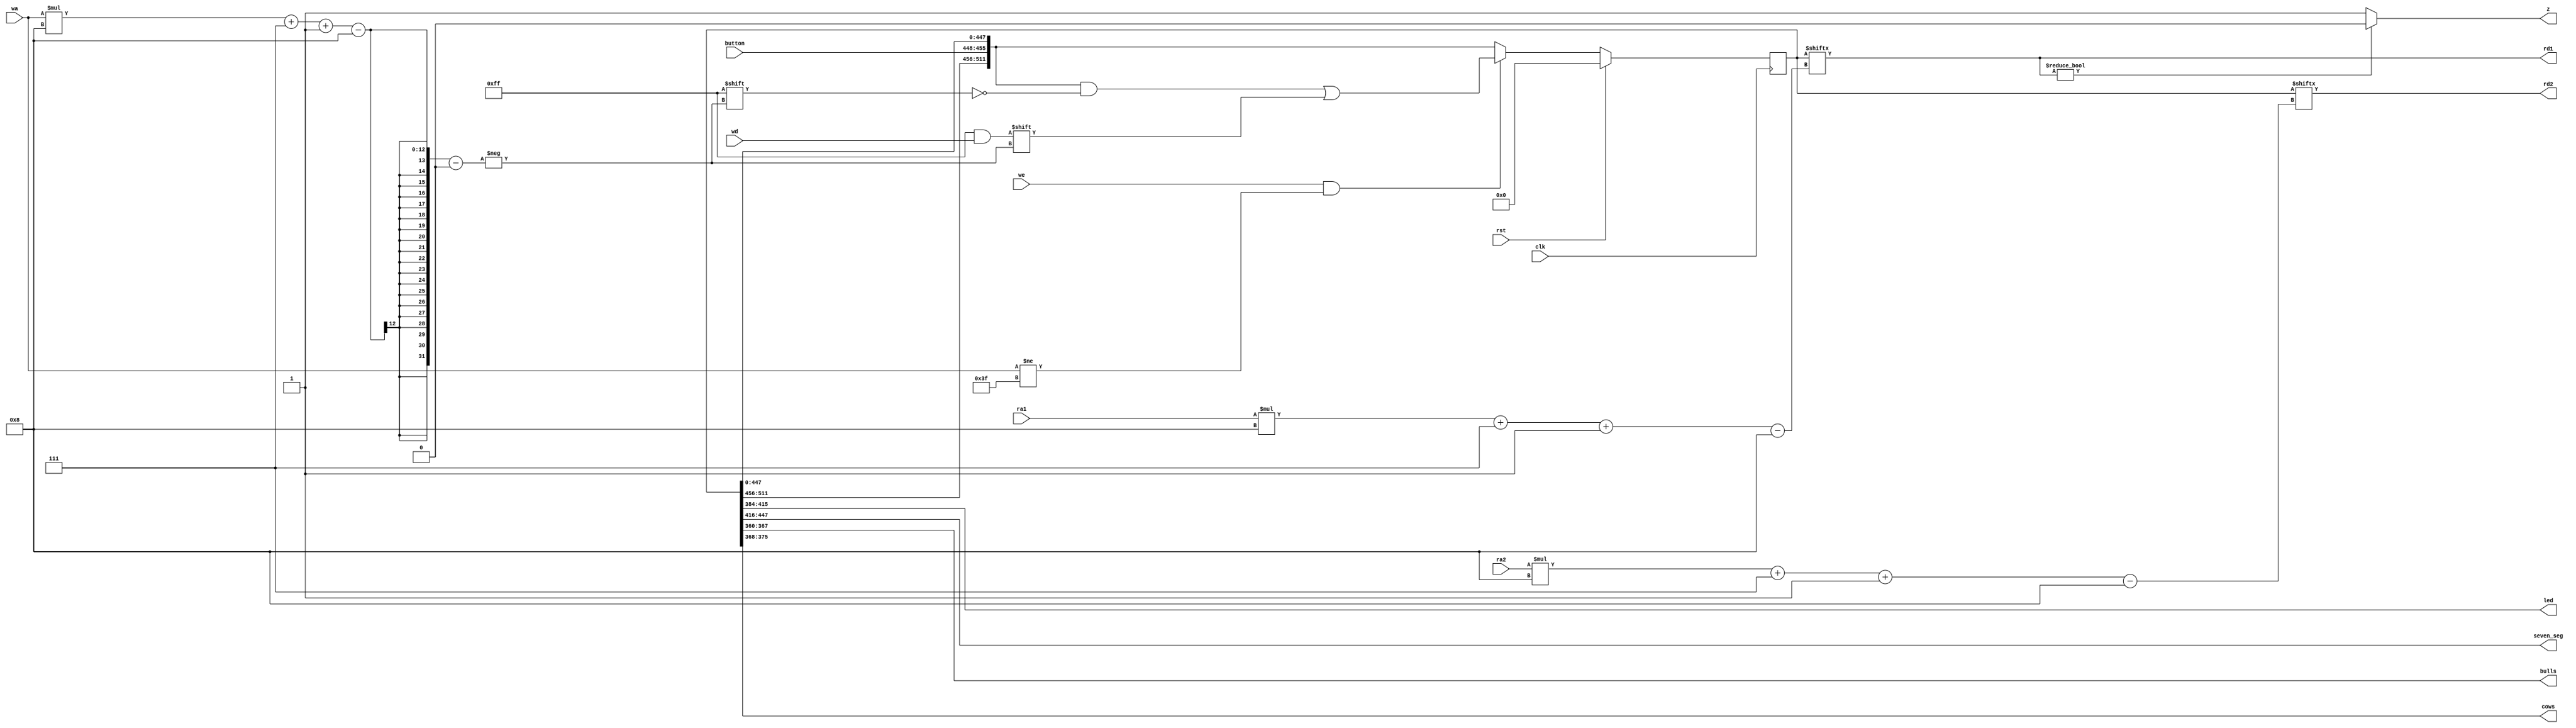
/*
   This file was generated automatically by the Mojo IDE version B1.3.6.
   Do not edit this file directly. Instead edit the original Lucid source.
   This is a temporary file and any changes made to it will be destroyed.
*/

module regfile_10 (
    input clk,
    input rst,
    input [7:0] button,
    input [5:0] ra1,
    input [5:0] ra2,
    output reg [31:0] led,
    output reg [31:0] seven_seg,
    output reg [7:0] bulls,
    output reg [7:0] cows,
    input [5:0] wa,
    output reg [7:0] rd1,
    output reg [7:0] rd2,
    input [7:0] wd,
    input we,
    output reg z
  );
  
  
  
  reg [511:0] M_regs_d, M_regs_q = 1'h0;
  
  always @* begin
    M_regs_d = M_regs_q;
    
    rd1 = M_regs_q[(ra1)*8+7-:8];
    rd2 = M_regs_q[(ra2)*8+7-:8];
    z = 1'h1;
    M_regs_d[448+7-:8] = button;
    led[0+7-:8] = M_regs_q[384+7-:8];
    led[8+7-:8] = M_regs_q[392+7-:8];
    led[16+7-:8] = M_regs_q[400+7-:8];
    led[24+7-:8] = M_regs_q[408+7-:8];
    seven_seg[0+7-:8] = M_regs_q[416+7-:8];
    seven_seg[8+7-:8] = M_regs_q[424+7-:8];
    seven_seg[16+7-:8] = M_regs_q[432+7-:8];
    seven_seg[24+7-:8] = M_regs_q[440+7-:8];
    bulls = M_regs_q[360+7-:8];
    cows = M_regs_q[368+7-:8];
    if (we == 1'h1 && wa != 6'h3f) begin
      M_regs_d[(wa)*8+7-:8] = wd;
    end
    if (M_regs_q[(ra1)*8+7-:8] != 1'h0) begin
      z = 1'h0;
    end
  end
  
  always @(posedge clk) begin
    if (rst == 1'b1) begin
      M_regs_q <= 1'h0;
    end else begin
      M_regs_q <= M_regs_d;
    end
  end
  
endmodule